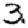
Digit: 3